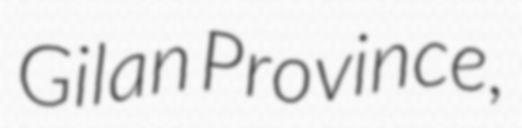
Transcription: Gilan Province,